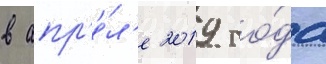
в апр'е́л'е 2019 го́да